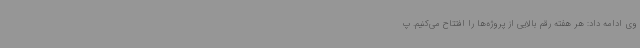
وی ادامه داد: هر هفته رقم بالایی از پروژه‌ها را افتتاح می‌کنیم. پ